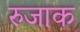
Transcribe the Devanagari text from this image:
रुजाक